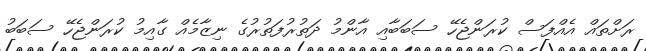
ރަށްތައް އެއްފަސް ކުރަންޖެހޭ ސަބަބާއި އާންމު ދަތުރުފަތުރުގެ ނިޒާމެއް ގާއިމު ކުރަންޖެހޭ ސަބަބު